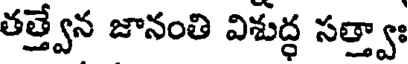
తత్త్వేన జానంతి విశుద్ధ సత్త్వాః